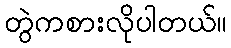
တွဲကစားလိုပါတယ်။